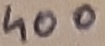
Text: 400